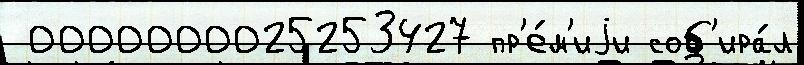
 0000000025253427 пр'е́м'иjи соб'ира́л